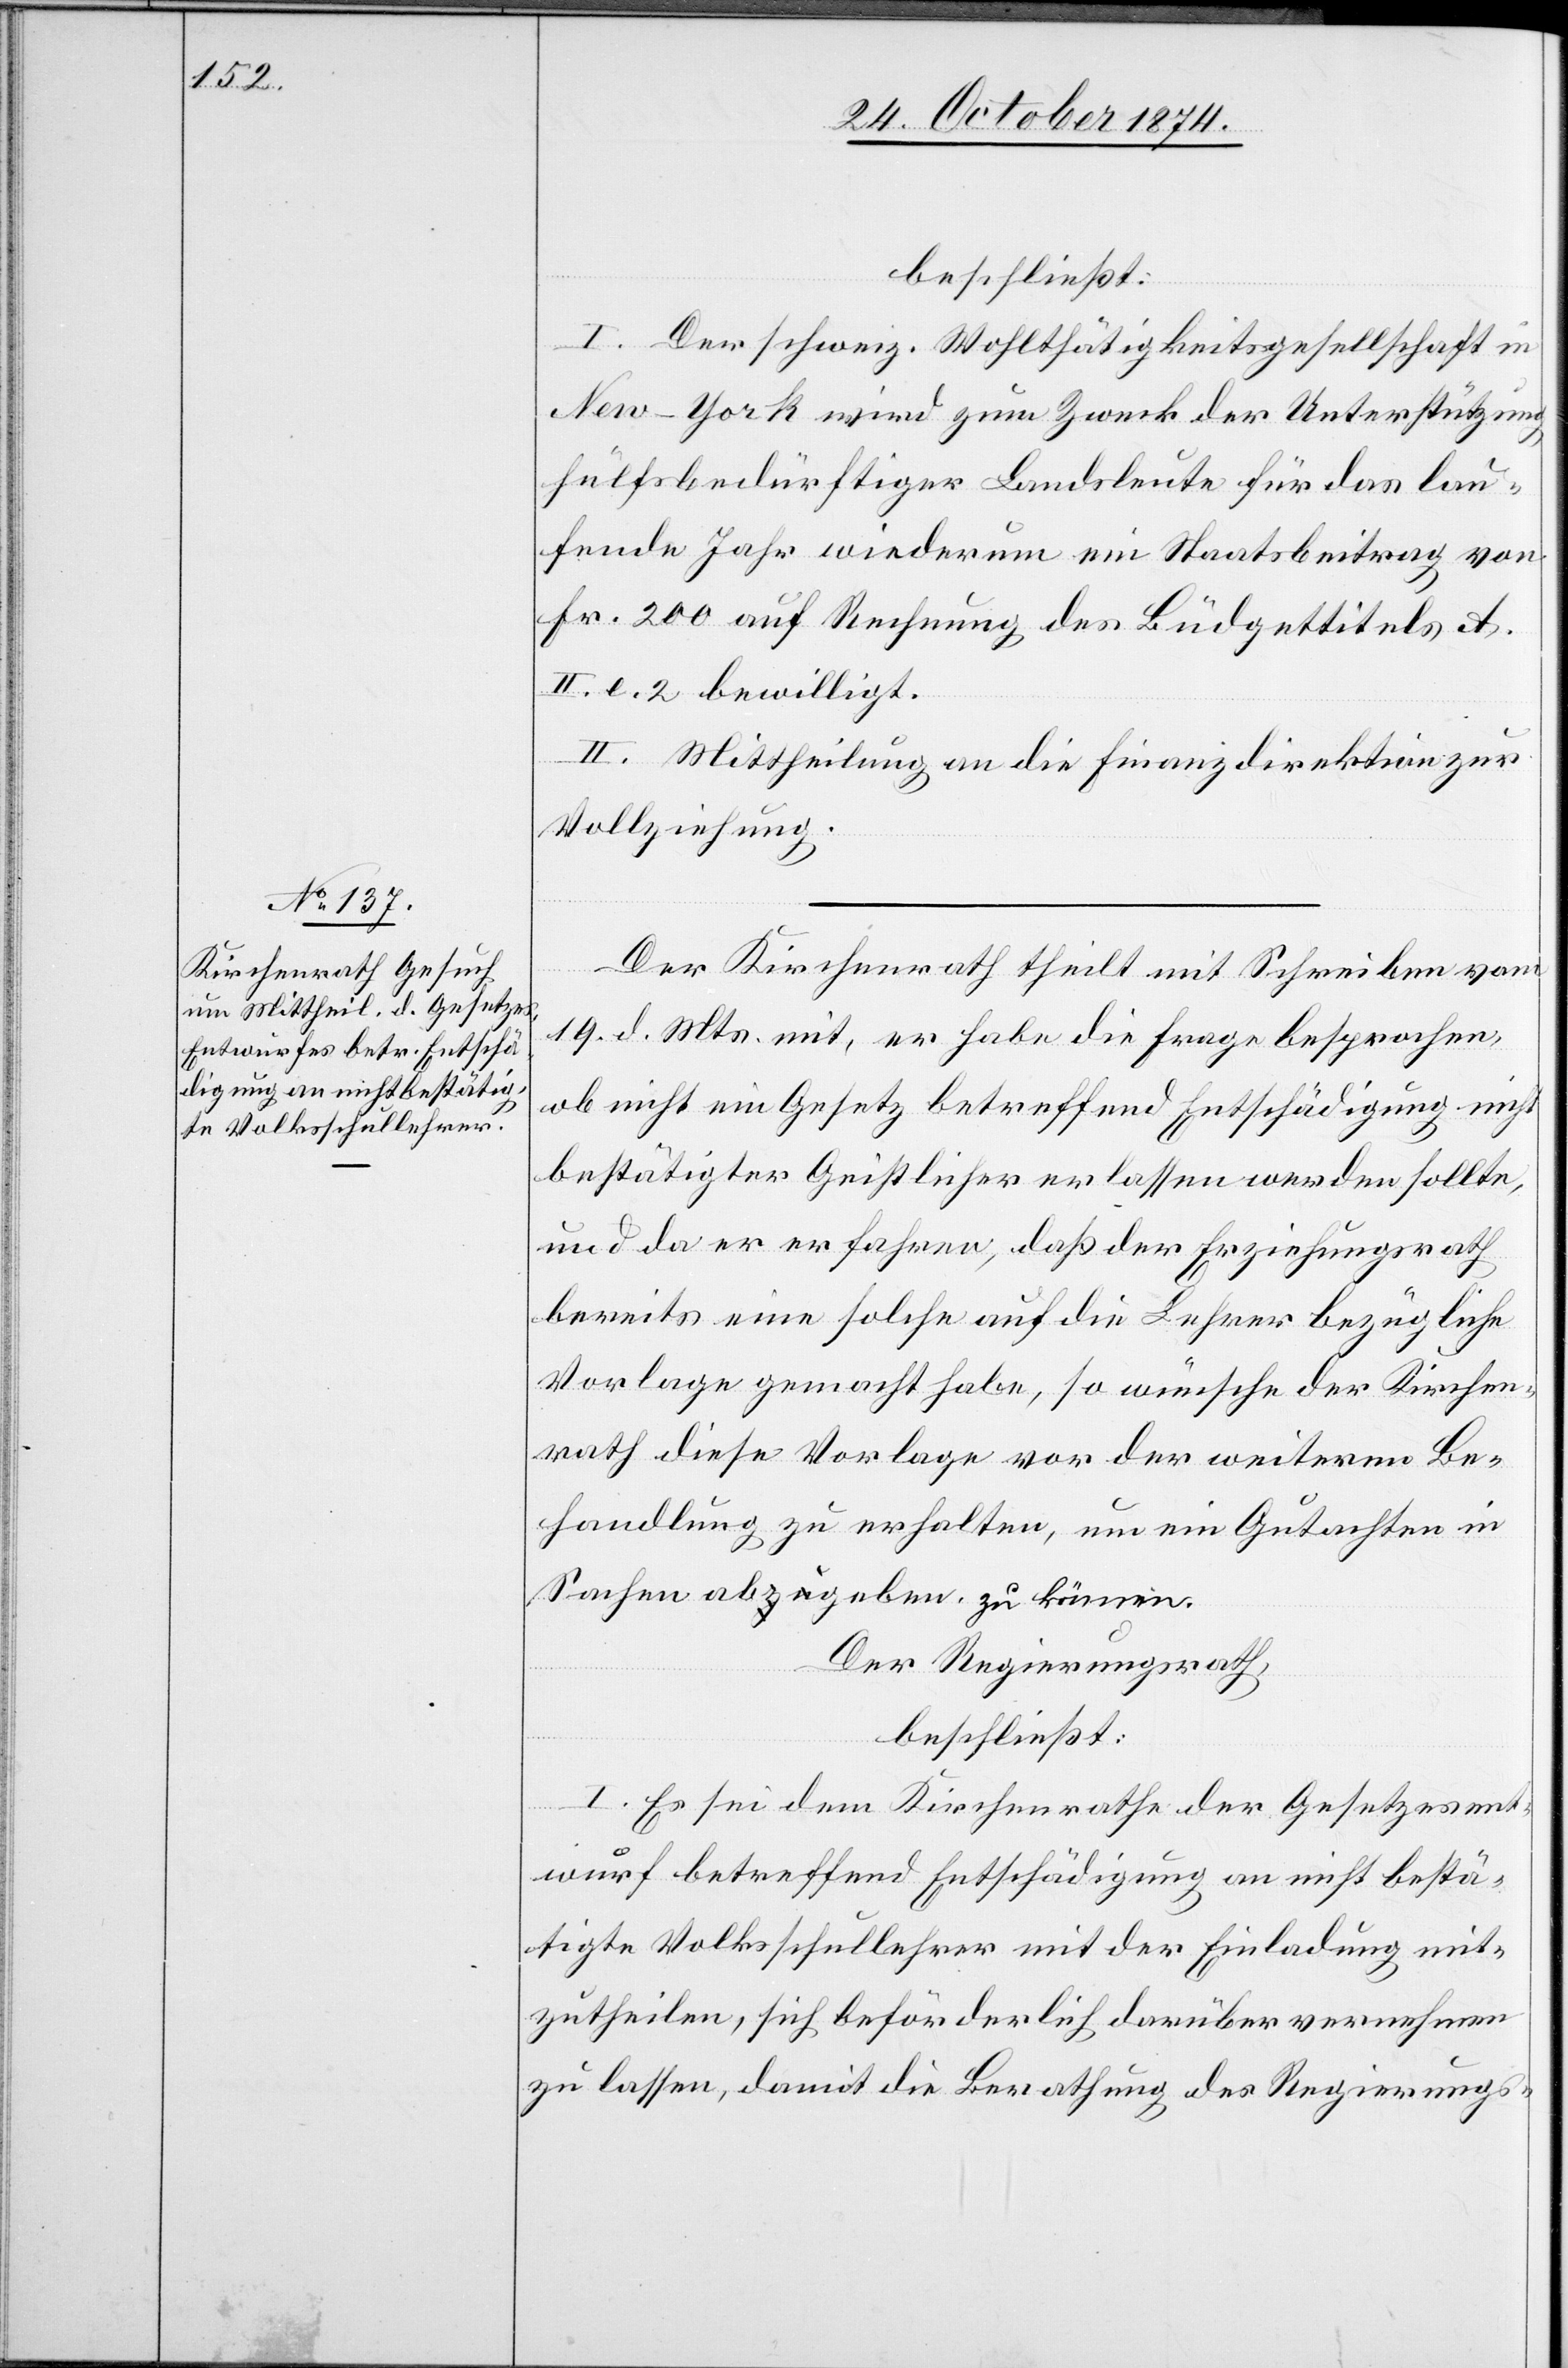
beschließt:
I. Der schweiz. Wohlthätigkeitsgesellschaft in
New-York wird zum Zweck der Unterstützung
hülfsbedürftiger Landsleute für das lau¬
fende Jahr wiederum ein Staatsbeitrag von
Fr. 200 auf Rechnung des Büdgettitels A.
II. e. 2 bewilligt.
II. Mittheilung an die Finanzdirektion zur
Vollziehung.
Der Kirchenrath theilt mit Schreiben vom
19. d. Mts. mit, er habe die Frage besprochen,
ob nicht ein Gesetz betreffend Entschädigung nicht
bestätigter Geistlichen erlassen werden sollte
und da er erfahren, daß der Erziehungsrath
bereits eine solche auf die Lehrer bezügliche
Vorlage gemacht habe, so wünsche der Kirchen¬
rath diese Vorlage vor der weitern Be¬
handlung zu erhalten, um ein Gutachten in
Sachen aba-zu-ageben. a-zu können.-a
Der Regierungsrath,
beschließt:
I. Es sei dem Kirchenrathe der Gesetzesent¬
wurf betreffend Entschädigung an nicht bestä¬
tigte Volksschullehrer mit der Einladung mit¬
zutheilen, sich beförderlich darüber vernehmen
zu lassen, damit die Berathung des Regierungs-